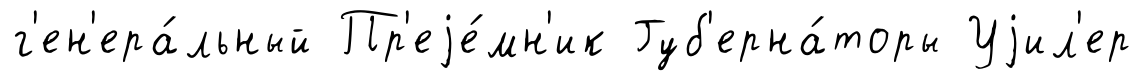
г'ен'ера́льный Пр'еjе́мн'ик Губ'ерна́торы Уjил'ер